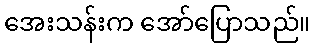
အေးသန်းက အော်ပြောသည်။